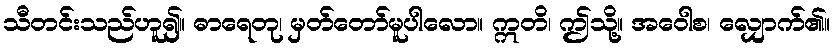
သီတင်းသည်ဟူ၍။ ဓာရေတု၊ မှတ်တော်မူပါလော။ ဣတိ၊ ဤသို့။ အဝေါစ၊ လျှောက်၏။